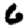
Digit: 6